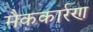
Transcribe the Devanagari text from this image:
मैककार्रण